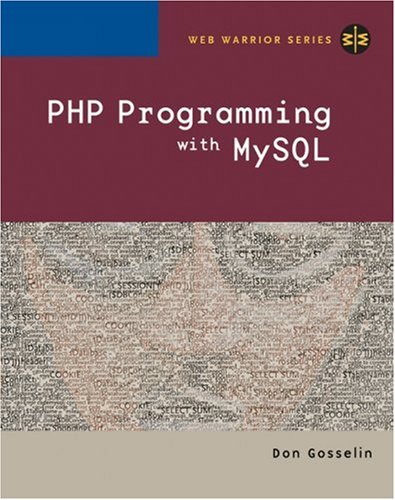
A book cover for PHP Programming with MySQL; Don Gosselin; Computers & Technology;